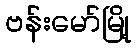
ဗန်းမော်မြို့